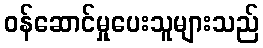
ဝန်ဆောင်မှုပေးသူများသည်